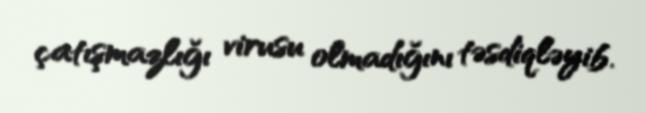
çatışmazlığı virusu olmadığını təsdiqləyib.